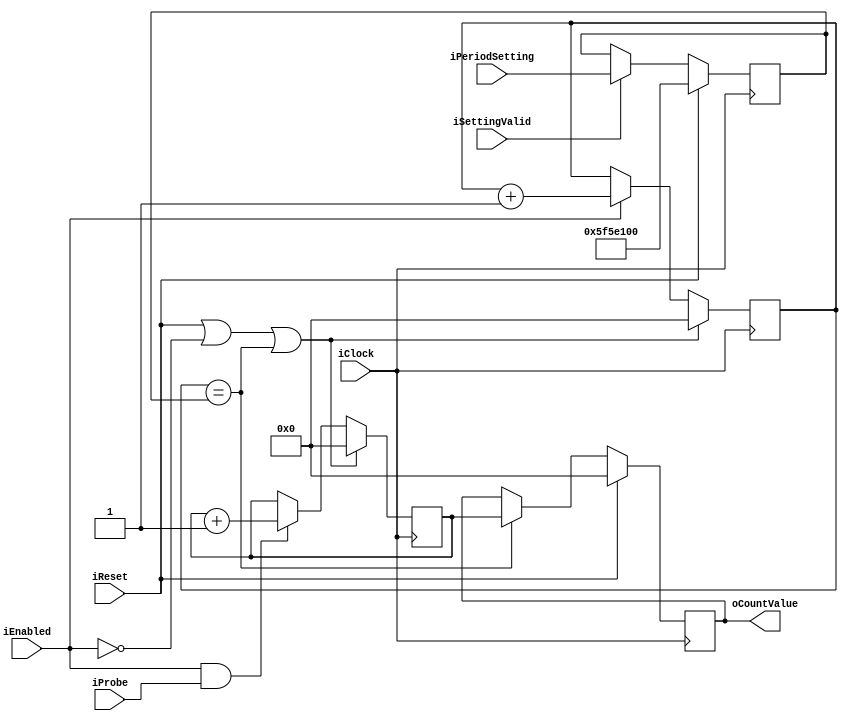
module TimeCounter
#
(
    parameter TimerWidth            = 32        ,
    parameter DefaultPeriod         = 100000000
)
(
    iClock          ,
    iReset          ,
    iEnabled        ,
    iPeriodSetting  ,
    iSettingValid   ,
    iProbe          ,
    oCountValue
);
    input                       iClock          ;                                                                              
    input                       iReset          ;                                                                              
    input                       iEnabled        ;                                                                              
    input   [TimerWidth - 1:0]  iPeriodSetting  ;                                                      
    input                       iSettingValid   ;                          
    input                       iProbe          ;        
    output  [TimerWidth - 1:0]  oCountValue     ;
    reg     [TimerWidth - 1:0]  rPeriod         ;
    reg     [TimerWidth - 1:0]  rSampledCount   ;
    reg     [TimerWidth - 1:0]  rCounter        ;
    reg     [TimerWidth - 1:0]  rTimeCount      ;
    always @ (posedge iClock)
        if (iReset | !iEnabled | rTimeCount == rPeriod)
            rCounter <= {(TimerWidth){1'b0}};
        else
            if (iEnabled & iProbe)
                rCounter <= rCounter + 1'b1;
    always @ (posedge iClock)
        if (iReset | !iEnabled | rTimeCount == rPeriod)
            rTimeCount <= {(TimerWidth){1'b0}};
        else
            if (iEnabled)
                rTimeCount <= rTimeCount + 1'b1;
    always @ (posedge iClock)
        if (iReset)
            rSampledCount <= {(TimerWidth){1'b0}};
        else
            if (rTimeCount == rPeriod)
                rSampledCount <= rCounter;
    always @ (posedge iClock)
        if (iReset)
            rPeriod <= DefaultPeriod;
        else
            if (iSettingValid)
                rPeriod <= iPeriodSetting;
    assign oCountValue = rSampledCount;
endmodule